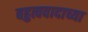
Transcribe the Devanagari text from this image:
बहुत्ववादाच्या